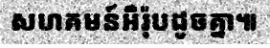
សហគមន៍អឺរ៉ុបដូចគ្នា៕